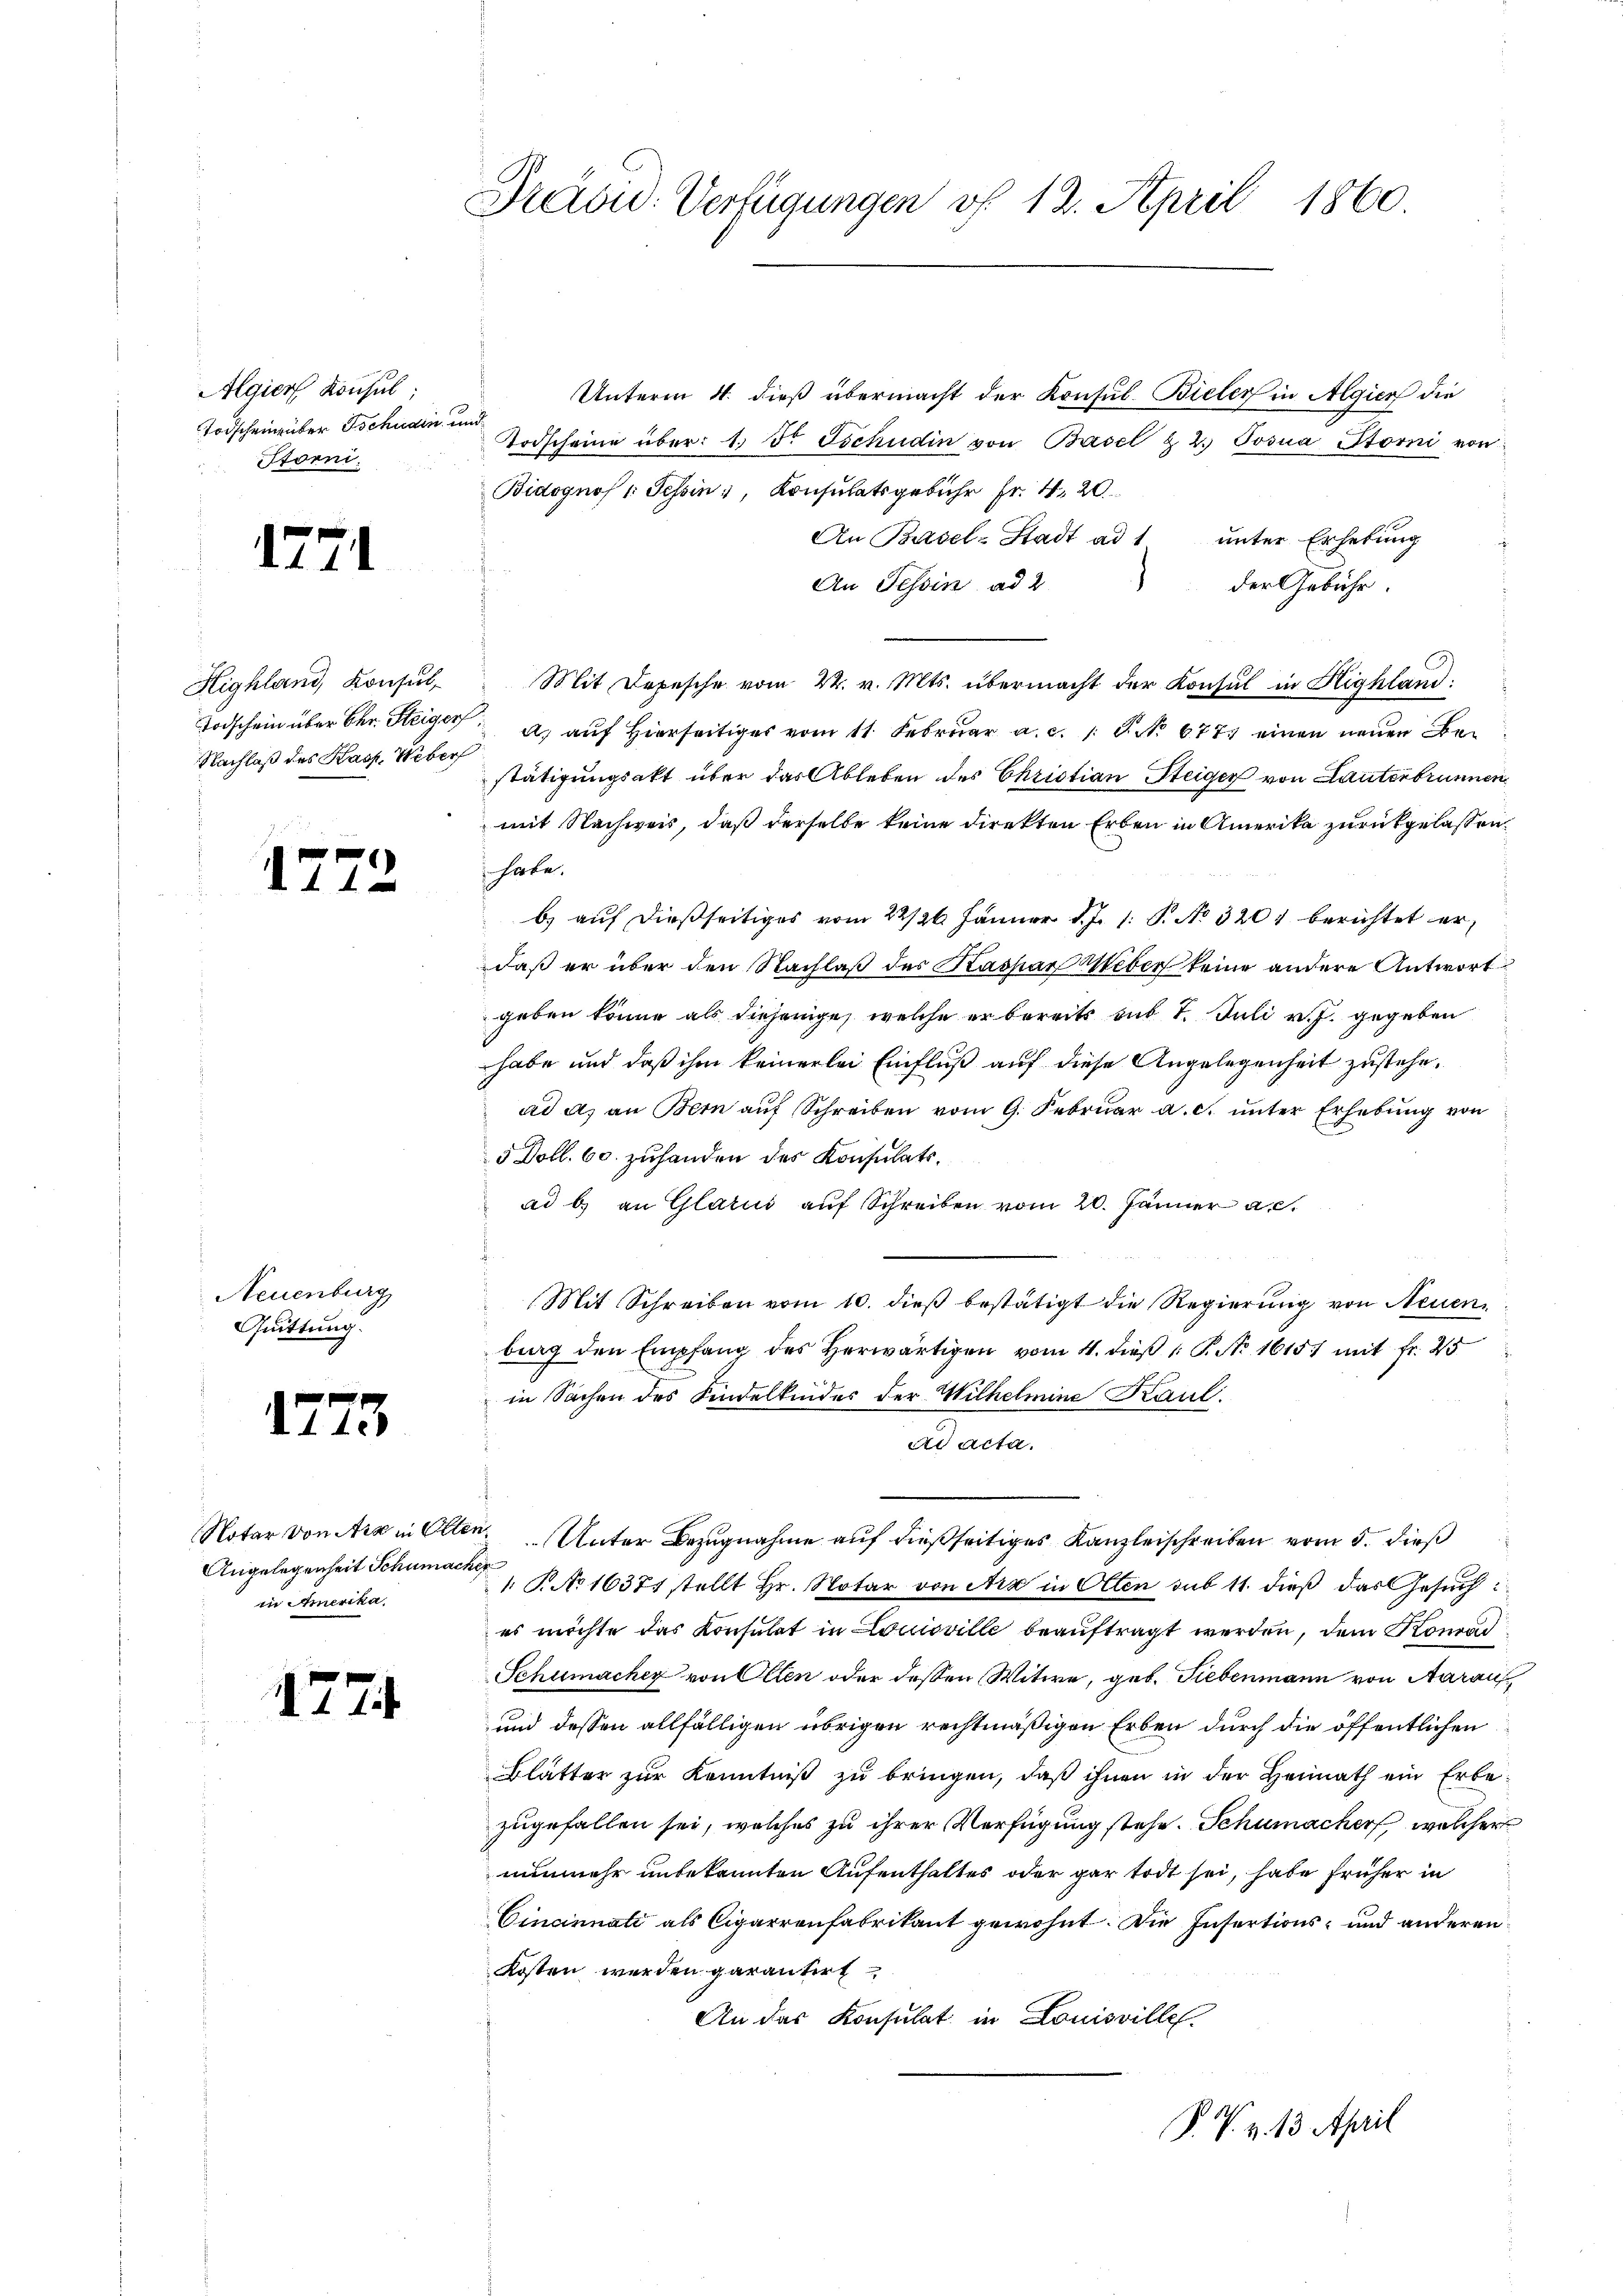
Algier Konsul
Todschein über Tschudin
forni

1771

Highland, Konsul
Todschein über Chr. Steiger
Nachlaß des Kasp. Weber

1772

Neuenburg
Quittung.

1773

Angelegenheit Schumacher
in Amerika,

1774

Präsid. Verfügungen vf 12. April 1860.

Unterm 4. dieß übermacht der Konsul Bieler in Algien die
und
Todscheine über: 1. d. Tschudin von Basel & 2. Posna Storni von
Bidognos : Tessin, Konsulatsgebühr fr. 4. 20
An Basel-Stadt ad 1 unter Erhebung
An Tessin ad 2.
der Gebühr.
Mit Depesche vom 22. v. Mts. übermacht der Konsul in Highland:
 a. auf hierseitig vom 11. Febrŭar a. c. 1. P. No. 677 einen neŭen Bestätigungsakt über das Ableben des Christian Steiger von Lauterbrunnen
mit Nachweis, daß derselbe keine direkten Erben in Amerika zurückgelassen,
habe.
b.) auf dießseitiges vom 22/26. Jänner d. J. 1: P. No. 3201 berichtet erdaß er über den Nachlaß des Kaspar Weber keine andere Antwort
geben könne als diejenige, welche er bereits sub 1. Juli v. J. gegeben
habe und daß ihm keinerlei Einfluß auf diese Angelegenheit zustehe.
ad a. an Bern auf Schreiben vom 9. Februar a. c. unter Erhebung von
5 Doll. 60. zuhanden des Konsulatsad b. an Glarus auf Schreiben vom 20. Jänner a.c.
Mit Schreiben vom 10. dieß bestätigt die Regierung von Neuen
bing den Empfang des herwärtigen vom 4. dieß P. Nr. 1615 mit fr. 25
in Sachen des Kindelkinder der Wilhelmine Kaul.
adasten
Notar von Ara in Olten Unter Bezugnahme auf dießseitiges Kanzleischreiben vom 5. dieß
1 No 1637 stellt Hr. Notar von Arx in Olten sub 11. dieß das Gesuch
es möchte das Konsulat in Louisville beauftragt werden, dem Konrad
Schumacher von Olten oder dessen Witwe, geb. Siebenmann von Aarau
und dessen allfälligen übrigen rechtmäßigen Erben durch die öffentlichen
Blätter zur Kenntniß zu bringen, daß ihnen in der Heimath ein Erbezugefallen sei, welches zu ihrer Verfügung stehe. Schumacher welcher
nunmehr unbekannten Aufenthaltes oder gar todt sei, habe früher in
Cincinnati als Cigarrenfabrikant gewohnt. Die Infertions- und anderen
Kosten werden garantirt
An das Konsulat in Louisville
P. V. v. 13. April